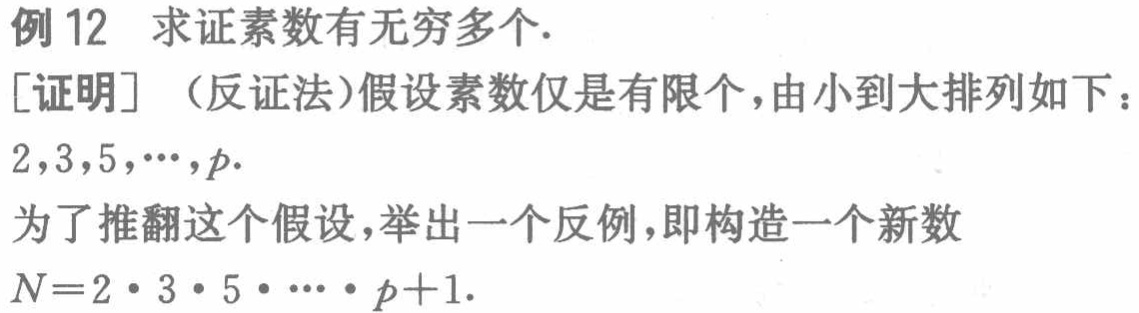
例 12 求证素数有无穷多个.
[证明]（反证法）假设素数仅是有限个，由小到大排列如下：
\(2,3,5,\cdots,p\).
为了推翻这个假设，举出一个反例，即构造一个新数
\(N = 2\cdot3\cdot5\cdot\cdots\cdot p + 1\).